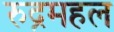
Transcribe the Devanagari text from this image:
रुद्रमहल